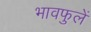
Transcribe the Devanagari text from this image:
भावफुलें